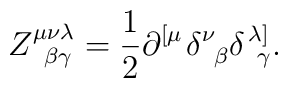
Z_{\;\;\beta \gamma }^{\mu \nu \lambda }=\frac 12\partial^{\left[ \mu \right. }\delta _{\;\;\beta }^\nu \delta _{\;\;\gamma }^{\left.\lambda \right] }.